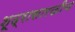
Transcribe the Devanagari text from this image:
शूद्रासारखीच